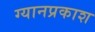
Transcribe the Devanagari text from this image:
ग्यानप्रकाश